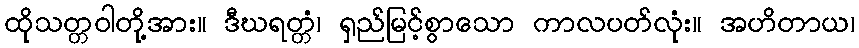
ထိုသတ္တဝါတို့အား။ ဒီဃရတ္တံ၊ ရှည်မြင့်စွာသော ကာလပတ်လုံး။ အဟိတာယ၊